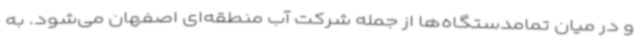
و در میان تمامدستگاه‌ها از جمله شرکت آب منطقه‌ای اصفهان می‌شود. به